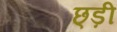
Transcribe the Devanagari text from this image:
छ्ड़ी